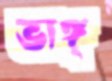
ভাঙ্গ্‌